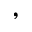
,